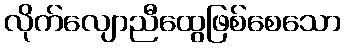
လိုက်လျောညီထွေဖြစ်စေသော